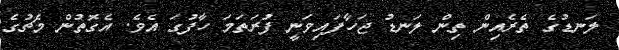
ލަނޑުގެ ތެރެއިން ތިން ލަނޑު ޖަހާފައިވަނީ ފުރަތަމަ ހާފުގަ އެވެ. އެގޮތުން މެޗުގެ